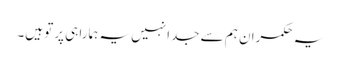
یہ حکمران ہم سے جدا نہیں یہ ہمارا ہی پرتو ہیں۔